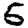
Digit: 5